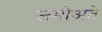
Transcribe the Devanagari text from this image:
जमीअते